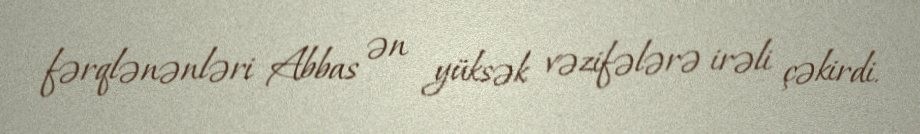
fərqlənənləri Abbas ən yüksək vəzifələrə irəli çəkirdi.